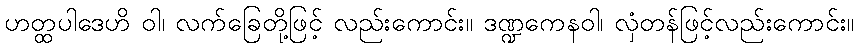
ဟတ္ထပါဒေဟိ ဝါ၊ လက်ခြေတို့ဖြင့် လည်းကောင်း။ ဒဏ္ဍကေနဝါ၊ လှံတန်ဖြင့်လည်းကောင်း။